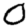
Digit: 0